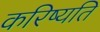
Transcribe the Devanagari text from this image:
करिष्यति